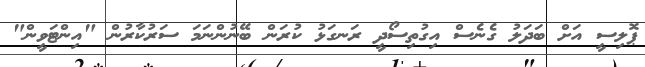
ޕޮލިސީ އަށް ބަދަލު ގެނެސް އިގުތިސޯދީ ރަނގަޅު ކުރަން ބޭނުންނަމަ ސަރުކާރުން "އިންޓަވީން"